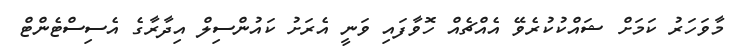
މާވަހަރު ކަމަށް ޝައްކުކުރެވޭ އެއްޗެއް ހޮވާފައި ވަނީ އެރަށު ކައުންސިލް އިދާރާގެ އެސިސްޓެންޓް